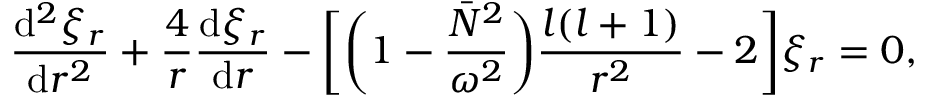
\frac { \mathrm { d } ^ { 2 } \xi _ { r } } { \mathrm { d } r ^ { 2 } } + \frac { 4 } { r } \frac { \mathrm { d } \xi _ { r } } { \mathrm { d } r } - \bigg [ \bigg ( 1 - \frac { \bar { N } ^ { 2 } } { \omega ^ { 2 } } \bigg ) \frac { l ( l + 1 ) } { r ^ { 2 } } - 2 \bigg ] \xi _ { r } = 0 ,